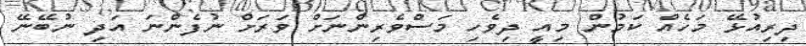
ދިރިއުޅޭ މަހެއް ކަމުން މިއީ ދިވެހި މަސްވެރިންނަށް ވަރަށް ނުފެންނަ އަދި ނުބޭނޭ